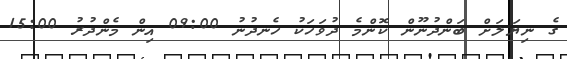
ގެ ނިޔަލަށް ބަންދުނޫން ކޮންމެ ދުވަހަކު ހެނދުނު 09:00 އިން މެންދުރު 15:00